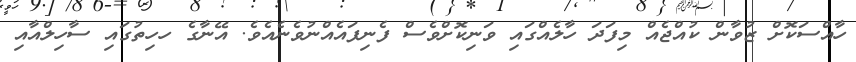
ހާއްސަކޮށް ޒުވާން ކުއްޖެއް މިފަދަ ހާލެއްގައި ވަނިކޮށްވެސް ފެނިފައެއްނުވެނެއެވެ. އޭނާގެ ހހިތުގައި ސާހިލްއާއި